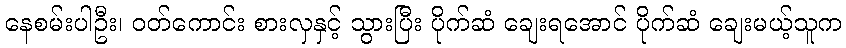
နေစမ်းပါဦး၊ ဝတ်ကောင်း စားလှနှင့် သွားပြီး ပိုက်ဆံ ချေးရအောင် ပိုက်ဆံ ချေးမယ့်သူက